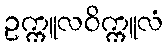
ဥက္ကူလဝိက္ကူလံ